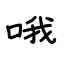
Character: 哦